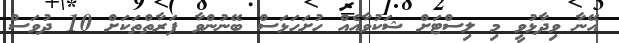
އޭނާ ވިދާޅުވީ މި ލިސްޓަށް ޝަކުވާއެއް ހުށަހަޅަސް ބޭނުންވާ ފަރާތްތަކަށް 10 ދުވަސް